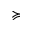
\succcurlyeq